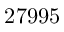
2 7 9 9 5